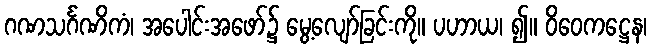
ဂဏသင်္ဂဏိကံ၊ အပေါင်းအဖော်၌ မွေ့လျော်ခြင်းကို။ ပဟာယ၊ ၍။ ဝိဝေကဋ္ဌေန၊